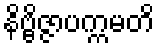
နိဗ္ဗိဇ္ဇာပက္ကမတိ